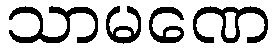
သာမဏေ